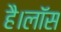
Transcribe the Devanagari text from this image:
है।लॉस